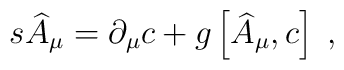
s\widehat{A}_\mu =\partial _\mu c+g\left[ \widehat{A}_\mu ,c\right] \;,